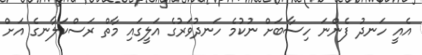
އެއީ ހަނދު ފެންނަ ހިސާބަށް ނުކުމެ ހަނދުވަރުގެ އަލީގައި މާތް ރަސްކަލާނގެ އަށް